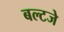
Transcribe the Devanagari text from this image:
बल्टजे